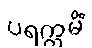
ပရက္ကမိံ